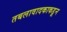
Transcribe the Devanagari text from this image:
तबलावादकाकडून